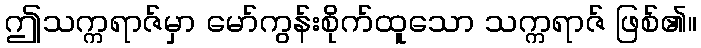
ဤသက္ကရာဇ်မှာ မော်ကွန်းစိုက်ထူသော သက္ကရာဇ် ဖြစ်၏။